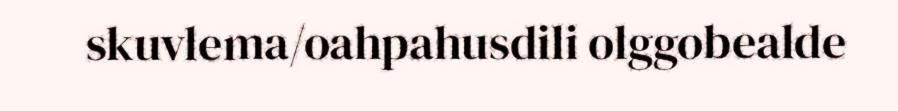
skuvlema/oahpahusdili olggobealde